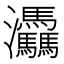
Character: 𤆀